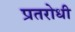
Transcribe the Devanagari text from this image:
प्रतरोधी